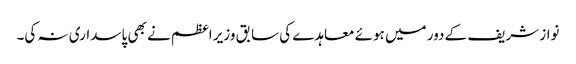
نواز شریف کے دور میں ہوئے معاہدے کی سابق وزیر اعظم نے بھی پاسداری نہ کی۔